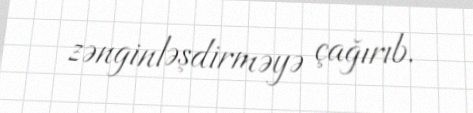
zənginləşdirməyə çağırıb.